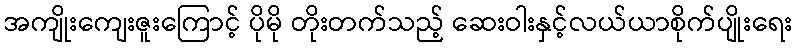
အကျိုးကျေးဇူးကြောင့် ပိုမို တိုးတက်သည့် ဆေးဝါးနှင့်လယ်ယာစိုက်ပျိုးရေး